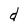
Character: d